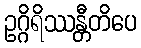
ဥဂ္ဂိရိဿန္တီတိပေ